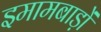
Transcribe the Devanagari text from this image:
इमामबाड़ों